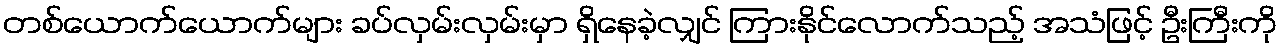
တစ်ယောက်ယောက်များ ခပ်လှမ်းလှမ်းမှာ ရှိနေခဲ့လျှင် ကြားနိုင်လောက်သည့် အသံဖြင့် ဦးကြီးကို